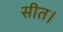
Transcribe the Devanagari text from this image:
सीत।